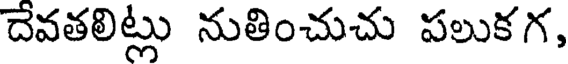
దేవతలిట్లు నుతించుచు పలుకగ,